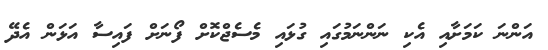
އަންނަ ކަމަށާއި އެކި ނަންނަމުގައި ގުޅައި މެސެޖްކޮށް ފޯނަށް ފައިސާ އަޅަން އެދޭ